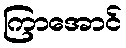
ကြာအောင်